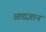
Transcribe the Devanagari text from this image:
आद्यज्ञान